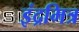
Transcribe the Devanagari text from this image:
इंद्रमित्र